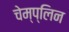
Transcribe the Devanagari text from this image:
चेम्प्लिन